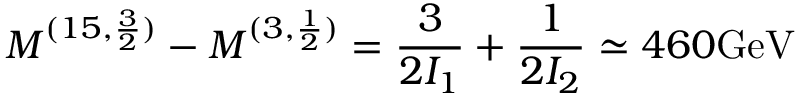
M ^ { ( 1 5 , { \frac { 3 } { 2 } } ) } - M ^ { ( 3 , \frac { 1 } { 2 } ) } = { \frac { 3 } { 2 I _ { 1 } } } + { \frac { 1 } { 2 I _ { 2 } } } \simeq 4 6 0 \mathrm { G e V }